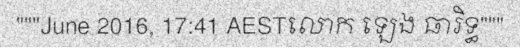
"""June 2016, 17:41 AESTលោក ឡេង ធារិទ្ធ"""